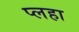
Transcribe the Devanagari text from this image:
प्लहा